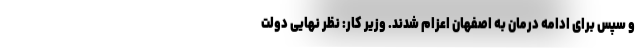
و سپس برای ادامه درمان به اصفهان اعزام شدند. وزیر کار: نظر نهایی دولت